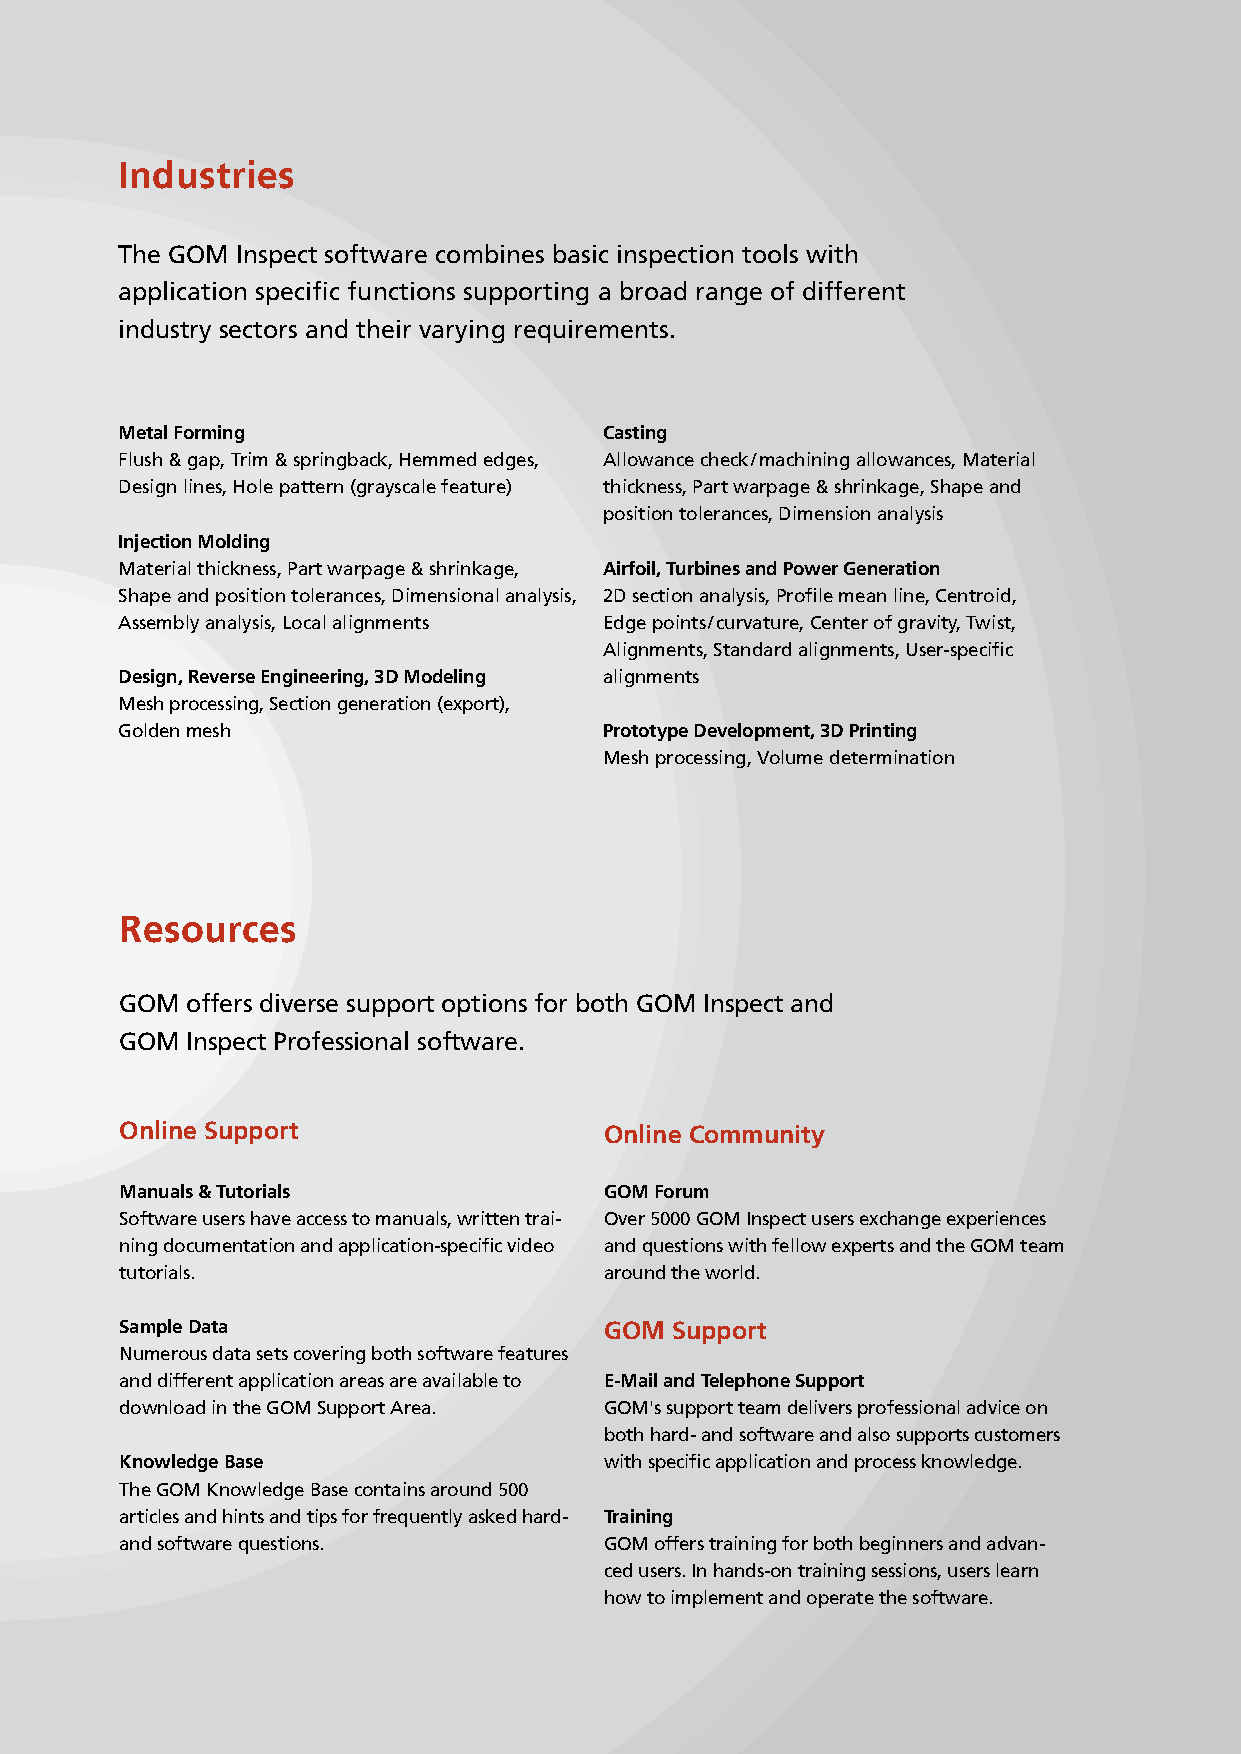
Industries
 The GOM Inspect software combines basic inspection tools with
 application specific functions supporting a broad range of different
 industry sectors and their varying requirements.
 Metal Forming                   Casting
 Flush & gap, Trim & springback, Hemmed edges, Allowance check / machining allowances, Material
 Design lines, Hole pattern (grayscale feature) thickness, Part warpage & shrinkage, Shape and
 position tolerances, Dimension analysis
 Injection Molding
 Material thickness, Part warpage & shrinkage, Airfoil, Turbines and Power Generation
 Shape and position tolerances, Dimensional analysis, 2D section analysis, Profile mean line, Centroid,
 Assembly analysis, Local alignments Edge points / curvature, Center of gravity, Twist,
 Alignments, Standard alignments, User-specific
 Design, Reverse Engineering, 3D Modeling alignments
 Mesh processing, Section generation (export),
 Golden mesh                     Prototype Development, 3D Printing
 Mesh processing, Volume determination
 Resources
 GOM offers diverse support options for both GOM Inspect and
 GOM Inspect Professional software.
 Online Support                  Online Community
 Manuals & Tutorials             GOM Forum
 Software users have access to manuals, written trai- Over 5000 GOM Inspect users exchange experiences
 ning documentation and application-specific video and questions with fellow experts and the GOM team
 tutorials.                      around the world.
 Sample Data                     GOM Support
 Numerous data sets covering both software features
 and different application areas are available to E-Mail and Telephone Support
 download in the GOM Support Area. GOM's support team delivers professional advice on
 both hard- and software and also supports customers
 Knowledge Base                  with specific application and process knowledge.
 The GOM Knowledge Base contains around 500
 articles and hints and tips for frequently asked hard- Training
 and software questions.         GOM offers training for both beginners and advan-
 ced users. In hands-on training sessions, users learn
 how to implement and operate the software.